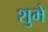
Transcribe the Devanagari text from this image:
शुभे